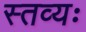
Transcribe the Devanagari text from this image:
स्तव्यः